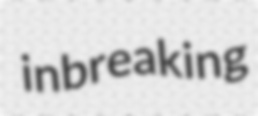
inbreaking